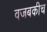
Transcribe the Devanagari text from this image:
वजबकीच